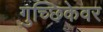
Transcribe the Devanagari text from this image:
गुच्छिकेवर